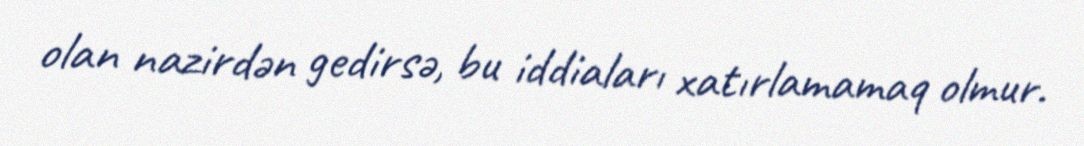
olan nazirdən gedirsə, bu iddiaları xatırlamamaq olmur.